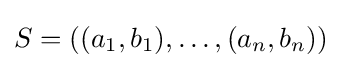
S=((a_{1},b_{1}),\dots ,(a_{n},b_{n}))